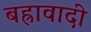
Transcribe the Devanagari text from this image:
बह्रावादी